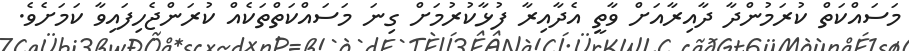
މަސައްކަތް ކުރަމުންދާ ދާއިރާއަށް ވާތީ އެދާއިރާ ފުޅާކުރުމަށް ގިނަ މަސައްކަތްތަކެއް ކުރަންޖެހިފައިވާ ކަމަށެވެ.